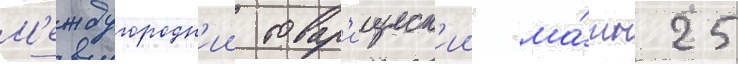
М'еждугородн'ии товар'ищеск'ии ма́тч 25